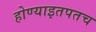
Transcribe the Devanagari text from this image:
होण्याइतपतच